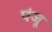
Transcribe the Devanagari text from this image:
पंजू